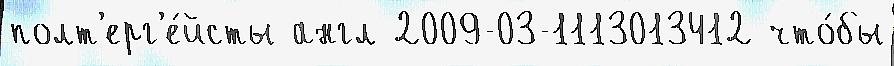
полт'ерг'е́йсты англ 2009-03-1113013412 что́бы